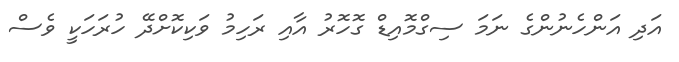
އަދި އަންހެނުންގެ ނަމަ ސިގްމޮއިޑް ގޮހޮރު އާއި ރަހިމު ވަކިކޮށްދޭ ހުރަހަކީ ވެސް